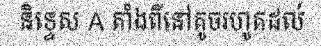
និទ្ទេស A តាំងពីនៅតូចរហូតដល់